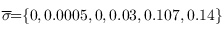
\! \! \! \! \! \! \! \overline { { \sigma } } \! \! = \! \! \{ 0 , 0 . 0 0 0 5 , 0 , 0 . 0 3 , 0 . 1 0 7 , 0 . 1 4 \} \! \! \!